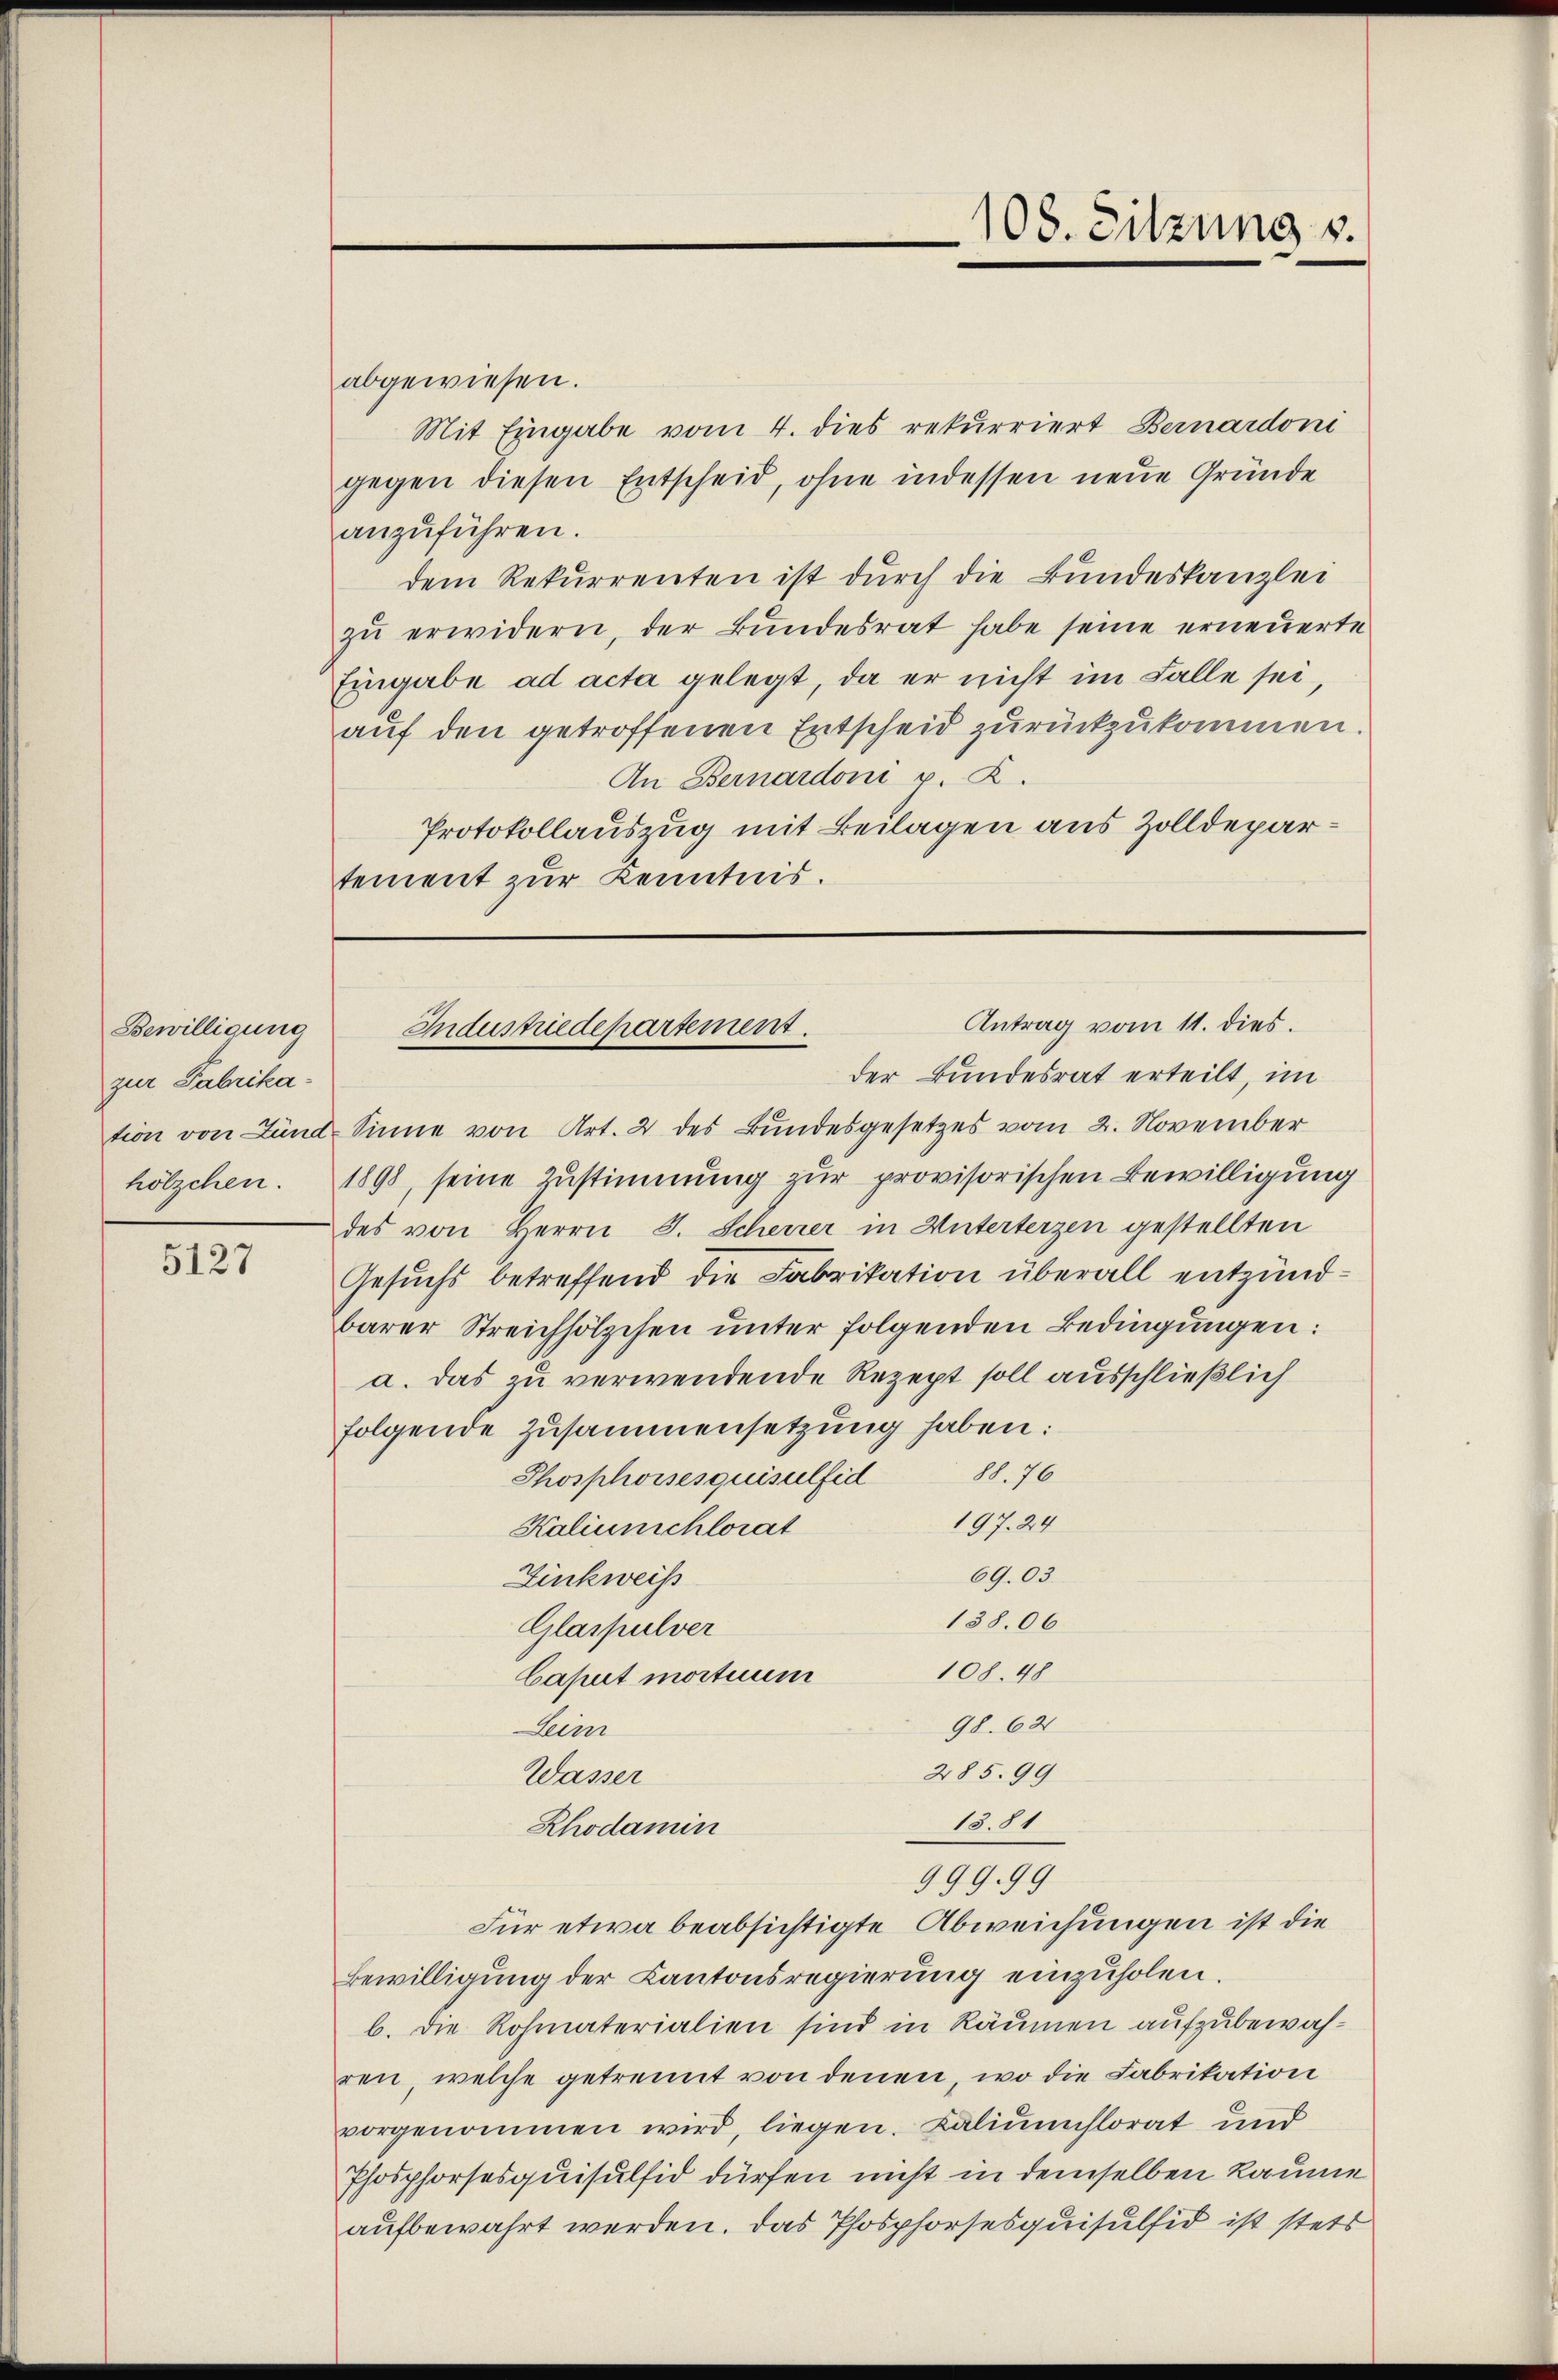
Bewilligung
zur Fabrikahölzchen.

5127

abgewiesen.
Mit Eingabe vom 4. dies rekurriert Bernardoni
gegen diesen Entscheid, ohne indessen neue Gründe
anzuführen.
dem Rekurrenten ist durch die Bundeskanzlei
zŭ erwidern, der Bundesrat habe seine erneuerte
Eingabe ad acta gelegt, da er nicht im Falle sei,
auf den getroffenen Entscheid zurückzukommen.
An Bernardoni v. K.
Protokollauszug mit Beilagen aus Zolldepartement zur Kenntnis.

Antrag vom 11. dies
Industriedepartement.
der Bundesrat erteilt, im

tion von Lund Sinne von Art. 2 des Bundesgesetzes vom 2. November
1898, seine Zustimmung zur provisorischen Bewilligung
des von Herrn J. Scheurer in Unterterzen gestellten
Gesuchs betreffend die Fabrikation überall entzündbarer Streichhölzchen unter folgenden Bedingungen:
a. das zu verwendende Rezept soll ausschließlich
folgende Zusammensetzung haben:
Thosphoisesquisulfeil 88. 76
197. 24
Kaliunschlorat
69.03.
Zinkweis
138.06
Glaspulver
108. 48
Caput mortuum
98. 621
Leien
285. 99
Wasser
15.11
Rhodamin
999.99
Für etwa beabsichtigte Abweichungen ist die
Bewilligung der Kantonsregierung einzuholen.
b. Die Rohmaterialien sind in Räumen aufzubewahren, welche getrennt von denen, wo die Fabrikation
vorgenommen wird, liegen. Kaliumflorat und
Phosphorsesquisulfid dürfen nicht in demselben Raume
aufbewahrt werden. Das Phosphorsesquisulfid ist stets

108. Sitzung v.